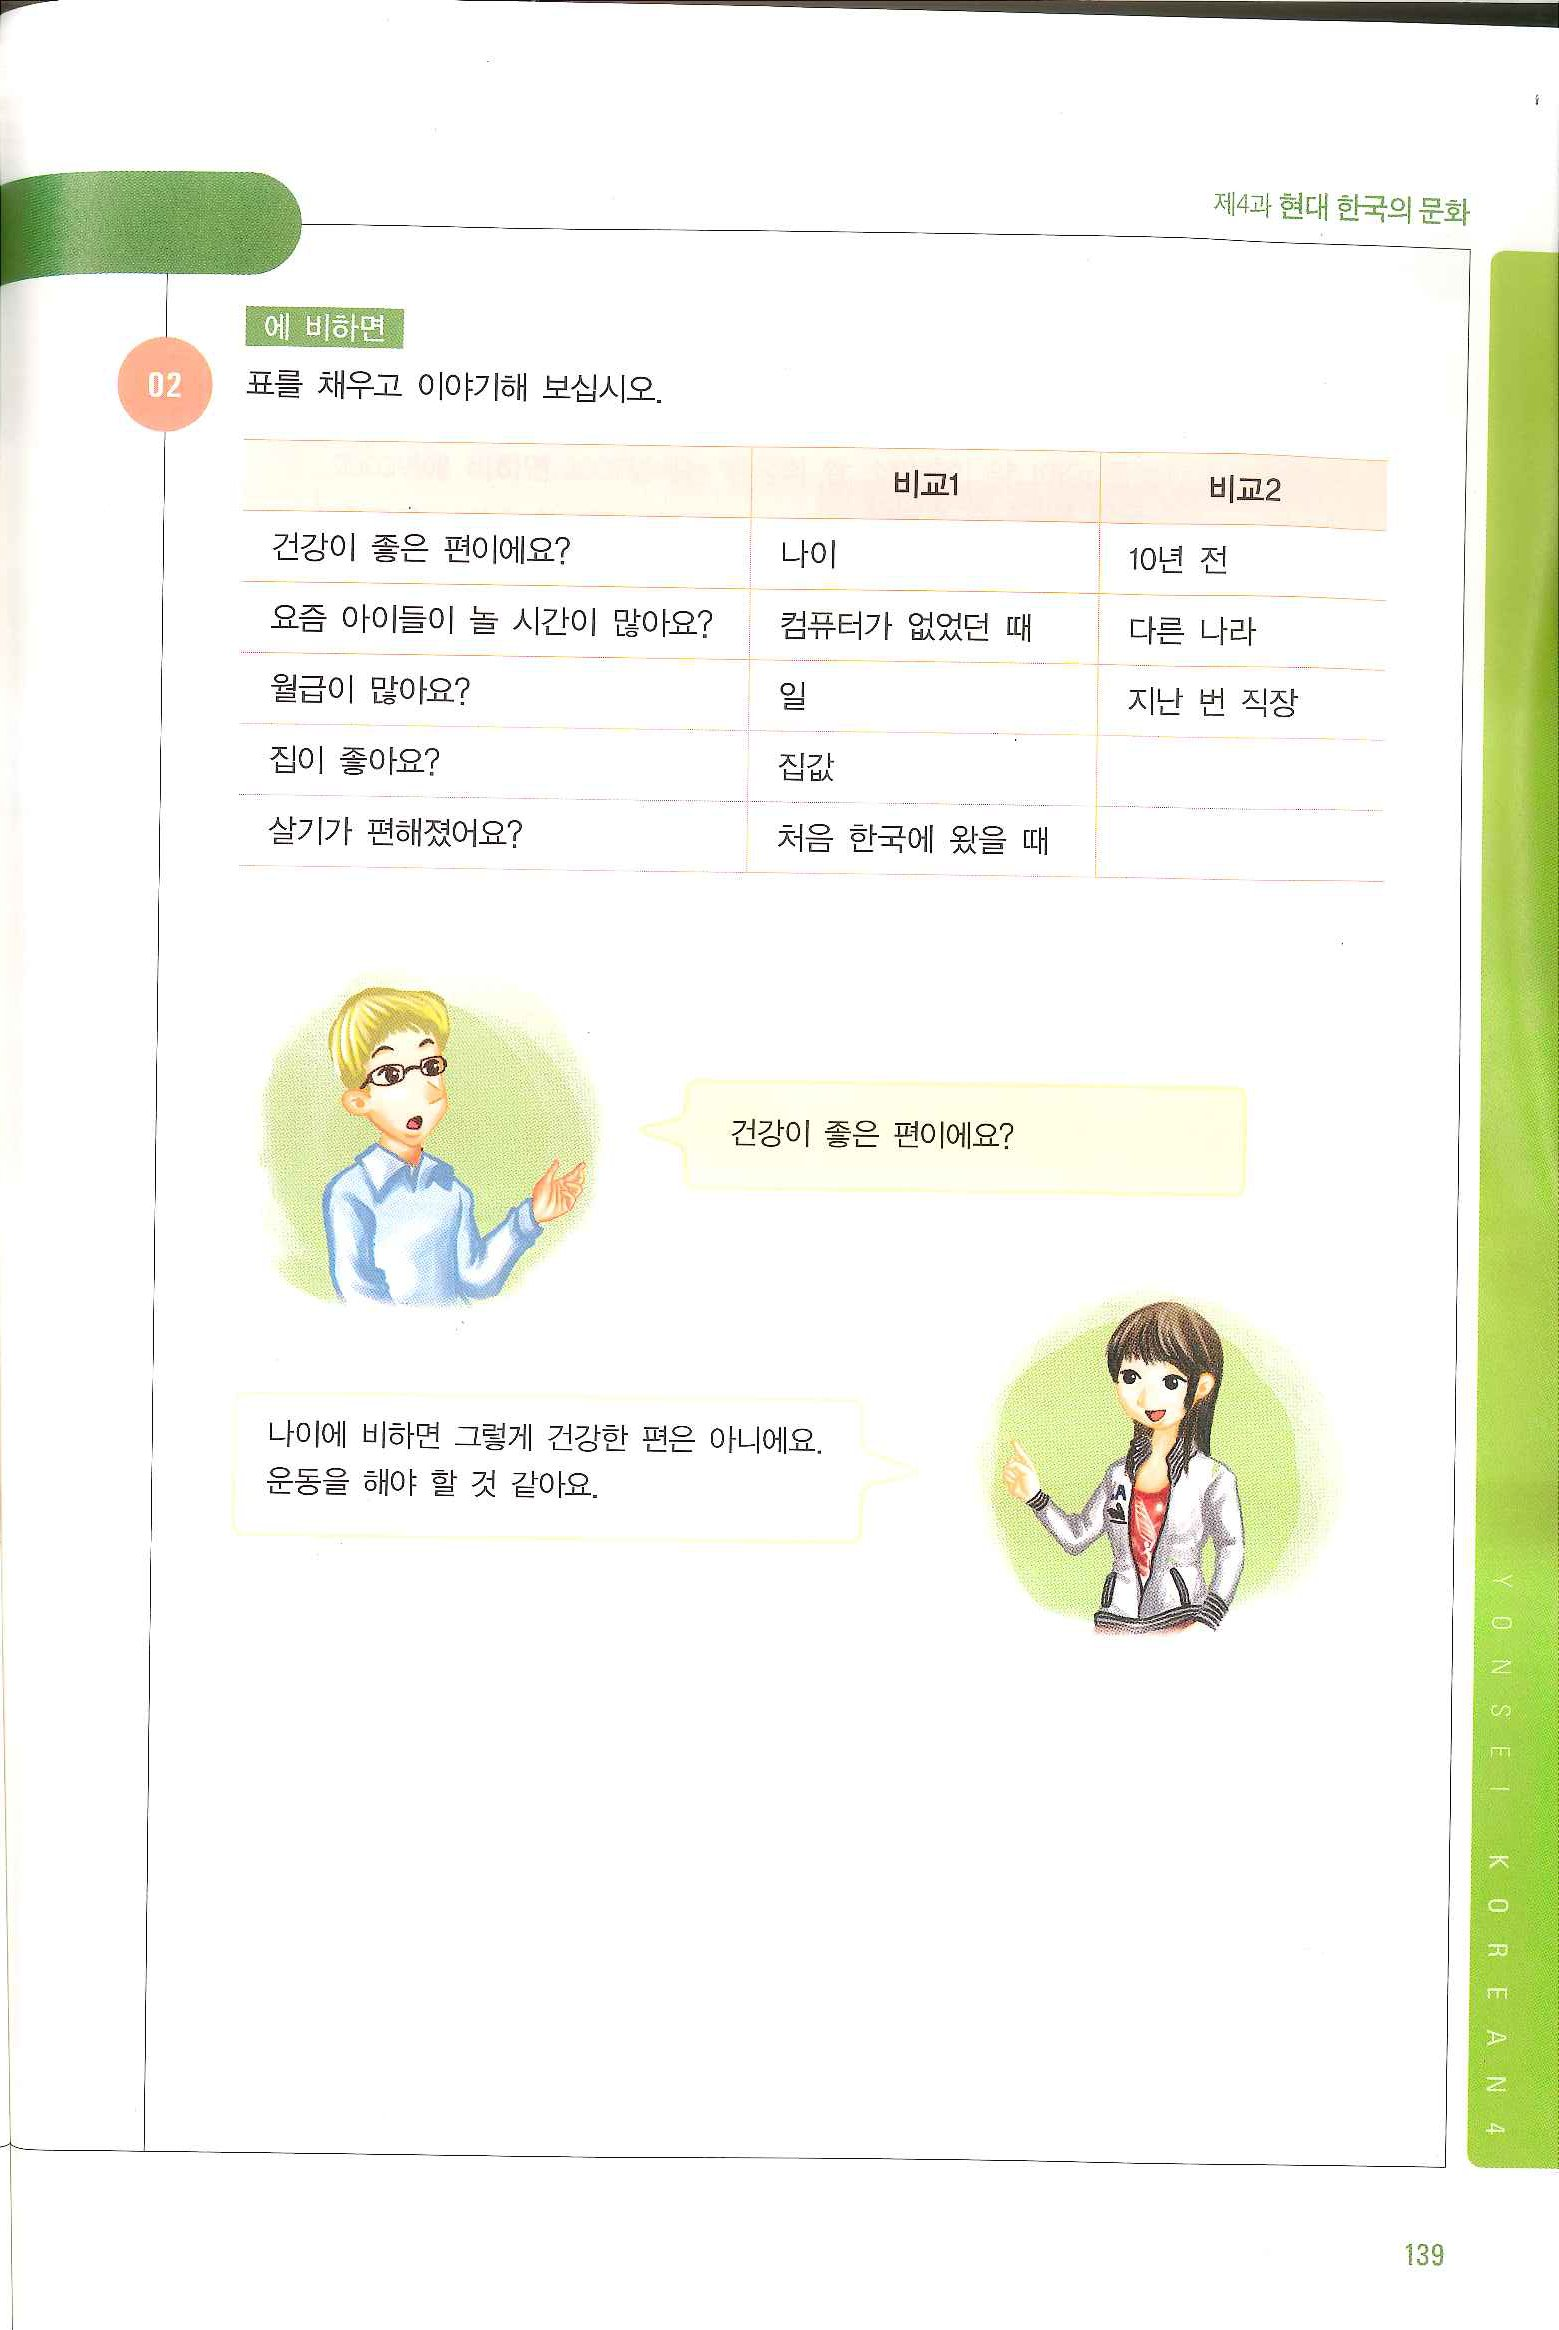
Language: ko